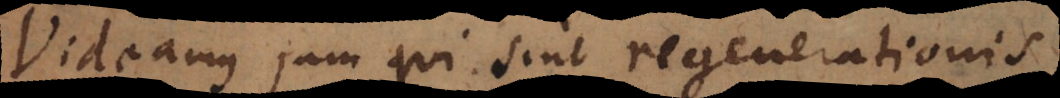
Videamus jam qui sint regenerationis